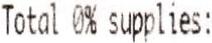
TOTAL 0% SUPPLIES: